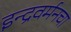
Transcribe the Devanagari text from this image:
इन्द्रवर्मनचा